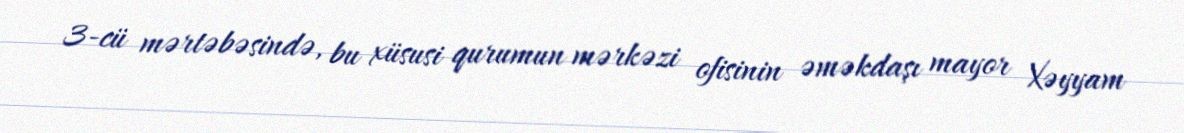
3-cü mərtəbəsində, bu xüsusi qurumun mərkəzi ofisinin əməkdaşı mayor Xəyyam